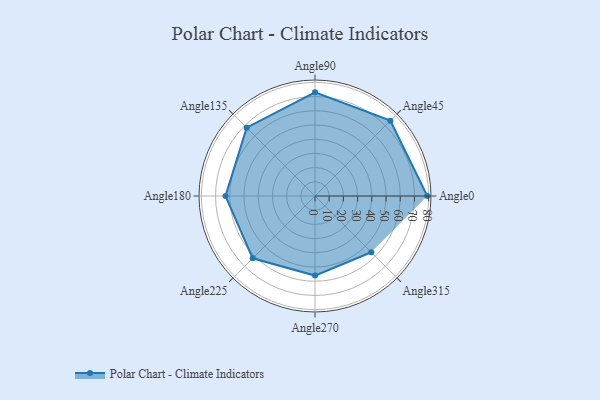
{"axis": {"x": "Angle", "y": "Radius"}, "legend": [""], "data": [{"x": "Angle0", "y": 79.0, "type": ""}, {"x": "Angle45", "y": 75.0, "type": ""}, {"x": "Angle90", "y": 73.0, "type": ""}, {"x": "Angle135", "y": 68.0, "type": ""}, {"x": "Angle180", "y": 63.0, "type": ""}, {"x": "Angle225", "y": 62.0, "type": ""}, {"x": "Angle270", "y": 56.0, "type": ""}, {"x": "Angle315", "y": 56.0, "type": ""}]}